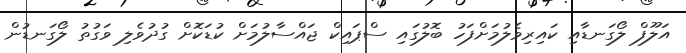
އަލޫފް ލޯގަނޑާއި ކައިރިވެލުމަށްފަހު ބޮލުގައި ސްޕައިކް ޖައްސާލުމަށް ކުޑަކޮށް ގުދުވެލި ވަގުތު ލޯގަނޑުން